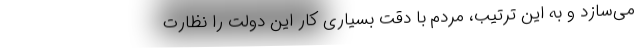
می‌سازد و به‌ این ترتیب، مردم با دقت بسیاری کار این دولت را نظارت